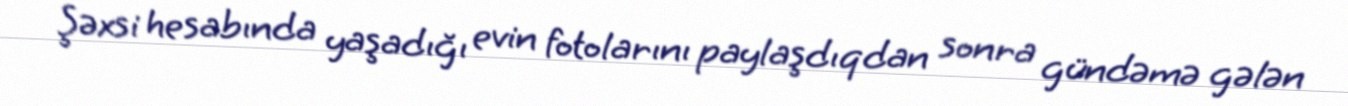
Şəxsi hesabında yaşadığı evin fotolarını paylaşdıqdan sonra gündəmə gələn